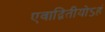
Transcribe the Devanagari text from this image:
एवाद्वितीयोऽहं